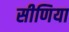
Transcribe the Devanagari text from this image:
सीणिया